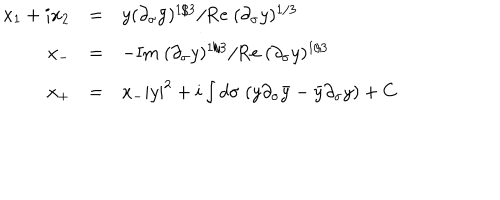
\begin{array} { r c l } { { x _ { 1 } + i x _ { 2 } } } & { { = } } & { { y ( \partial _ { \sigma } \bar { y } ) ^ { 1 / 3 } / \mathrm { R e } \; ( \partial _ { \sigma } y ) ^ { 1 / 3 } } } \\ { { x _ { - } } } & { { = } } & { { - \mathrm { I m } \; ( \partial _ { \sigma } y ) ^ { 1 / 3 } / \mathrm { R e } \; ( \partial _ { \sigma } y ) ^ { 1 / 3 } } } \\ { { x _ { + } } } & { { = } } & { { x _ { - } | y | ^ { 2 } + i \int d \sigma \; ( y \partial _ { \sigma } \bar { y } - \bar { y } \partial _ { \sigma } y ) + C } } \\ \end{array}